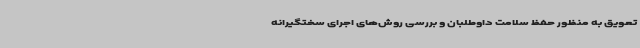
تعویق به منظور حفظ سلامت داوطلبان و بررسی روش‌های اجرای سختگیرانه